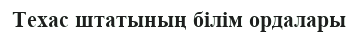
Техас штатының білім ордалары